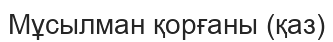
Мұсылман қорғаны (қаз)